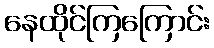
နေထိုင်ကြကြောင်း